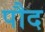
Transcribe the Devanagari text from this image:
पौद